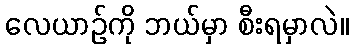
လေယာဉ်ကို ဘယ်မှာ စီးရမှာလဲ။